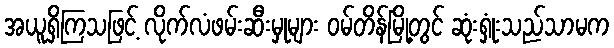
အယူရှိကြသဖြင့် လိုက်လံဖမ်းဆီးမှုများ ဝမ်တိန်မြို့တွင် ဆုံးရှုံးသည်သာမက